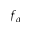
f _ { \alpha }